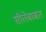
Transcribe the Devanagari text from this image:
सीतेबाबत